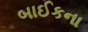
બાઈકના